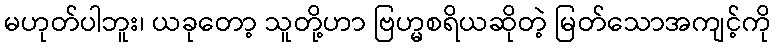
မဟုတ်ပါဘူး၊ ယခုတော့ သူတို့ဟာ ဗြဟ္မစရိယဆိုတဲ့ မြတ်သောအကျင့်ကို